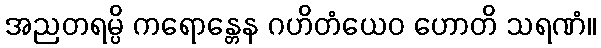
အညတရမ္ပိ ကရောန္တေန ဂဟိတံယေဝ ဟောတိ သရဏံ။